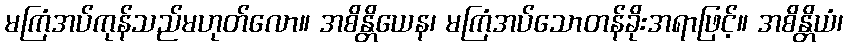
မကြံအပ်ကုန်သည်မဟုတ်လော။ အစိန္တိယေန၊ မကြံအပ်သောတန်ခိုးအရာဖြင့်။ အစိန္တိယံ၊